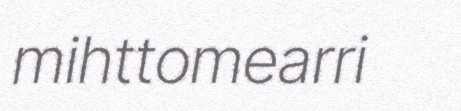
mihttomearri